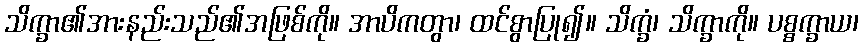
သိက္ခာ၏အားနည်းသည်၏အဖြစ်ကို။ အာပိကတွာ၊ ထင်စွာပြု၍။ သိက္ခံ၊ သိက္ခာကို။ ပစ္စက္ခာယ၊